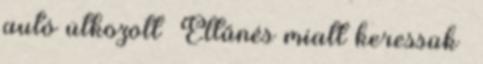
autó ütközött Eltűnés miatt keressük